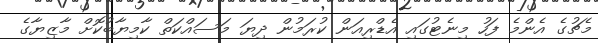
މެޗުގެ އެންމެ ފަހު މިނެޓުގައި އެޑްރިއަން ކުރަމުން ދިޔަ މަސައްކަތް ކާމިޔާބުކޮށް މާޒިޔާގެ